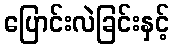
ပြောင်းလဲခြင်းနှင့်